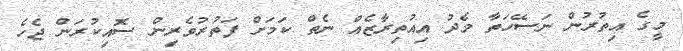
މީގެ އިތުރުން ނަސޭހަތާ މެދު އިއުތިރާޒެއް ނެތް ކަމަށް ފަތުރުވެރިން ސޮއިކުރަން ޖެހެ